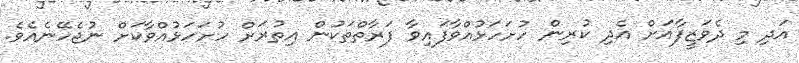
އަދި މި ދެވަޒީފާއަށް އެދި ކުރިން ހުށަހަޅުއްވާފައިވާ ފަރާތްތަކުން އިތުރަށް ހުށަހަޅުއްވާކަށް ނުޖެހޭނެއެވެ.